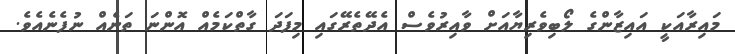
މައިރާއަކީ އައިޒާންގެ ލޯބިވެރިޔާއަށް ވާއިރުވެސް އެދޭތެރޭގައި މިފަދަ ގާތްކަމެއް އޮންނަ ތަނެއް ނުފެނެއެވެ.